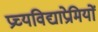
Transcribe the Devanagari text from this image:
प्रच्यविद्याप्रेमियों